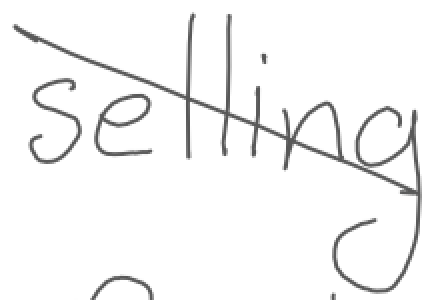
Text: selling
Cross-out: diagonal
Writing tool: digital_gray